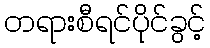
တရားစီရင်ပိုင်ခွင့်